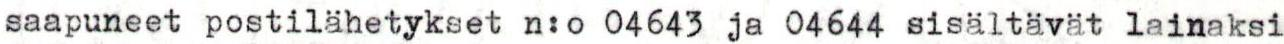
saapuneet postilähetykset n:o 04643 ja 04644 sisältävät lainaksi